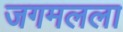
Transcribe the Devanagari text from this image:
जगमलला